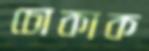
চোকাক